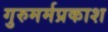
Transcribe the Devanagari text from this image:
गुरुमर्मप्रकाश